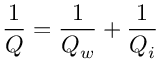
\frac { 1 } { Q } = \frac { 1 } { Q _ { w } } + \frac { 1 } { Q _ { i } }